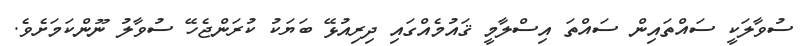
ސުވާލަކީ ސައްތައިން ސައްތަ އިސްލާމީ ޤައުމެއްގައި ދިރިއުޅޭ ބަޔަކު ކުރަންޖެހޭ ސުވާލު ނޫންކަމަށެވެ.